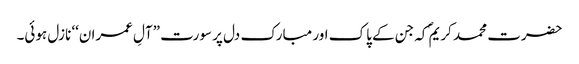
حضرت محمد کریمؐ کہ جن کے پاک اور مبارک دل پر سورت ”آلِ عمران‘‘ نازل ہوئی۔